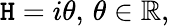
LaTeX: \mathtt{H}=i\theta,\, \theta\in\mathbb{{R}},